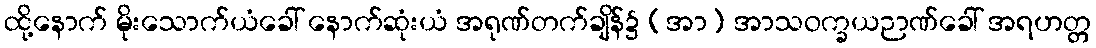
ထို့နောက် မိုးသောက်ယံခေါ် နောက်ဆုံးယံ အရုဏ်တက်ချိန်၌ (အာ) အာသဝက္ခယဉာဏ်ခေါ် အရဟတ္တ